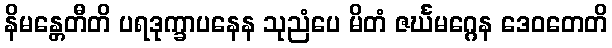
နိမန္တေတီတိ ပရဒုက္ခာပနေန သုညံပေ မိတံ ဇင်္ဃမဂ္ဂေန ဒေဝတေတိ